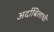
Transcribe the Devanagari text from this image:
अर्दाबिलाची